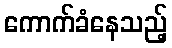
ကောက်ခံနေသည့်